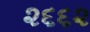
૨૬૬૨